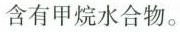
含有甲烷水合物。